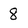
Character: 8